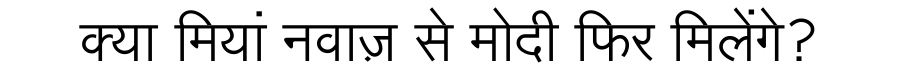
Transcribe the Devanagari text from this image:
क्या मियां नवाज़ से मोदी फिर मिलेंगे?